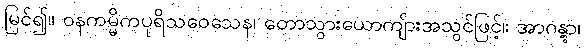
မြင်၍။ ဝနကမ္မိကပုရိသဝေသေန၊ တောသွားယောကျ်ားအသွင်ဖြင့်။ အာဂန္တွာ၊